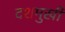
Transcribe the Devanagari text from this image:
दशमुखी